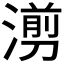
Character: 𪷇